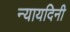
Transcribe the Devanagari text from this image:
न्यायदिनी